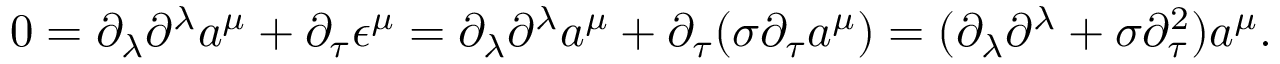
0 = \partial _ { \lambda } \partial ^ { \lambda } a ^ { \mu } + \partial _ { \tau } \epsilon ^ { \mu } = \partial _ { \lambda } \partial ^ { \lambda } a ^ { \mu } + \partial _ { \tau } ( \sigma \partial _ { \tau } a ^ { \mu } ) = ( \partial _ { \lambda } \partial ^ { \lambda } + \sigma \partial _ { \tau } ^ { 2 } ) a ^ { \mu } .